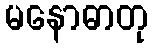
မနောဓာတု